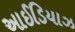
આઈડિયાઝ